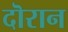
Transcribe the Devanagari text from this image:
दॊरान